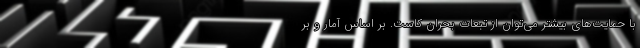
با حمایت‌های بیشتر می‌توان از تبعات بحران کاست. بر اساس آمار و بر